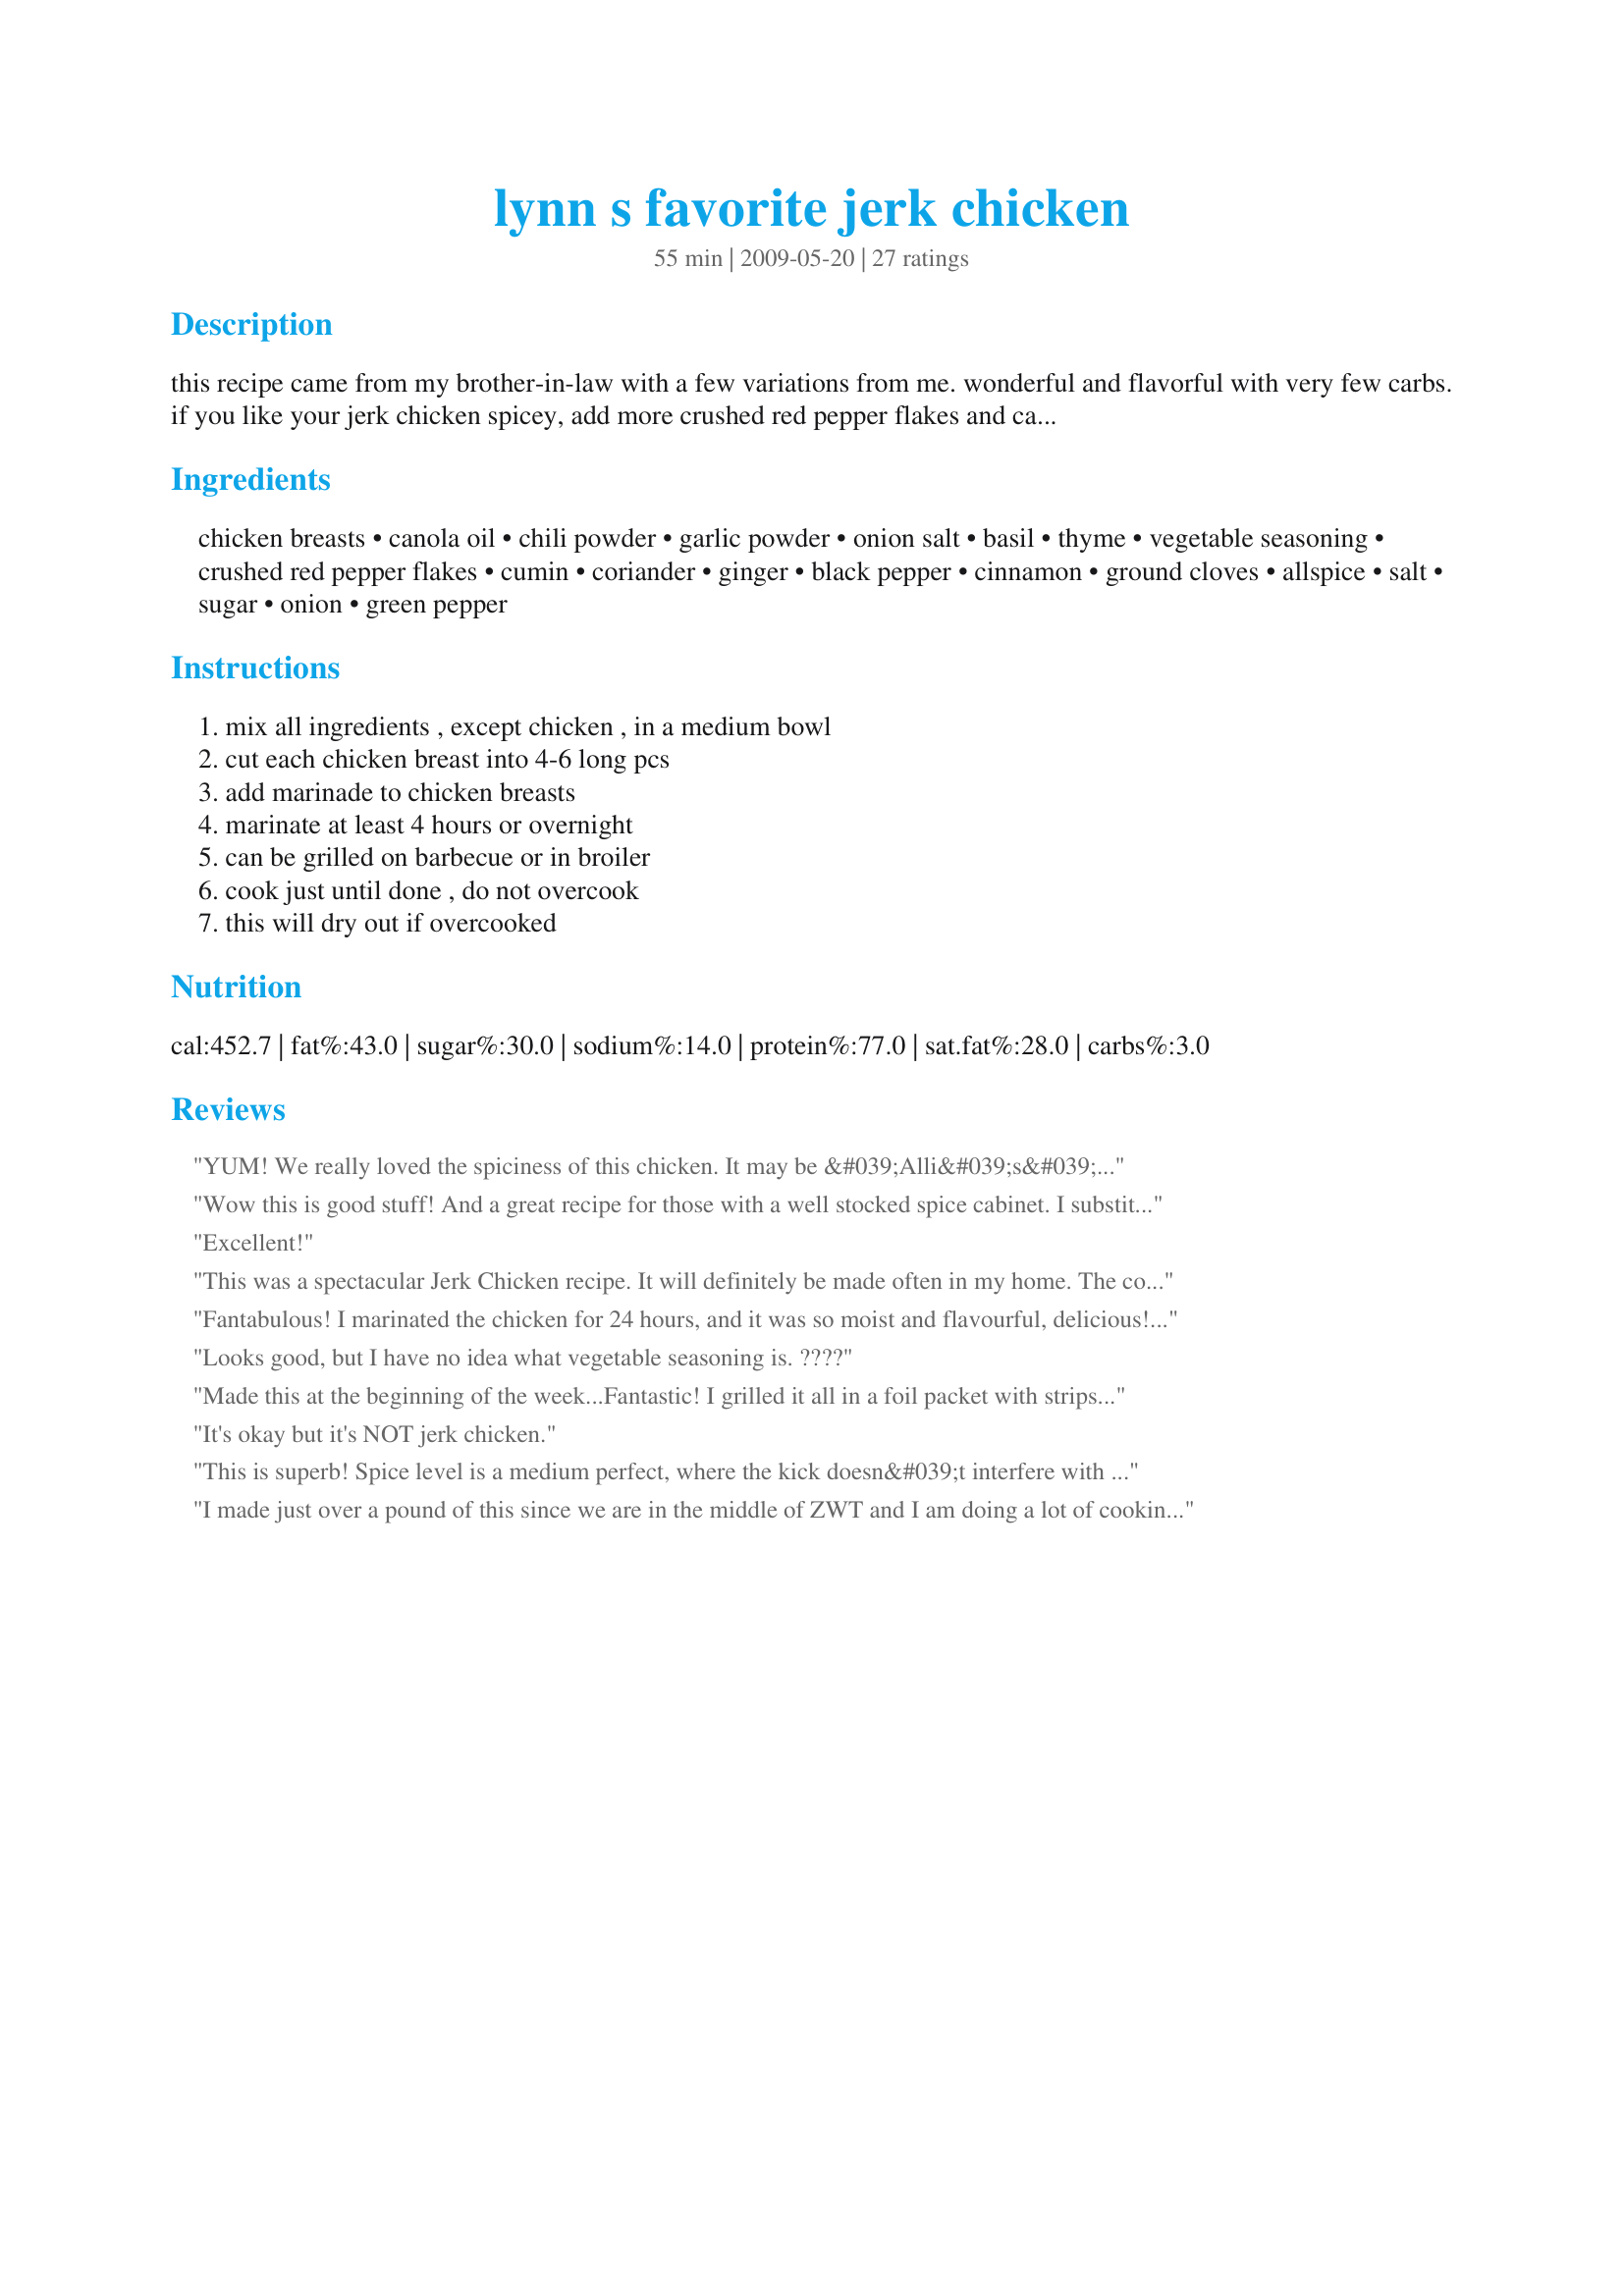
lynn s favorite jerk chicken
Preparation time: 55 minutes

this recipe came from my brother-in-law with a few variations from me.
wonderful and flavorful with very few carbs. if you like your jerk chicken spicey, add more crushed red pepper flakes and cayenne pepper. cooking time does not reflect marinating time.

Ingredients:
chicken breasts, canola oil, chili powder, garlic powder, onion salt, basil, thyme, vegetable seasoning, crushed red pepper flakes, cumin, coriander, ginger, black pepper, cinnamon, ground cloves, allspice, salt, sugar, onion, green pepper

Steps:
mix all ingredients , except chicken , in a medium bowl, cut each chicken breast into 4-6 long pcs, add marinade to chicken breasts, marinate at least 4 hours or overnight, can be grilled on barbecue or in broiler, cook just until done , do not overcook, this will dry out if overcooked

Reviews:
YUM! We really loved the spiciness of this chicken. It may be &#039;Alli&#039;s&#039; favorite jerk chicken now, too! Followed as written, it was juicy and full of flavorful heat. I know I&#039;ll be having this again, and SOON! Thanks for sharing, Lavender Lynn.
Wow this is good stuff! And a great recipe for those with a well stocked spice cabinet. I substituted chicken bullion for the vegetable seasoning, used dried onion flakes, left out the bell pepper, and included smoked paprika (about 1 tbsp). I let it marinade overnight then pan seared the chicken fillets in a little olive oil for dinner. Great flavors that blend extremely well, thanks for sharing the recipe. :)
Excellent!
This was a spectacular Jerk Chicken recipe. It will definitely be made often in my home. The combination of spices in the marinade is superb, and makes for very moist chicken breasts. We all enjoyed this dish very much. Thank you, Lavender Lynn. Made for 1-2-3- Hits tag game.
Fantabulous! I marinated the chicken for 24 hours, and it was so moist and flavourful, delicious! To make it more diabetes friendly, I used xylitol instead of the sugar, and I forgot to add the red pepper flakes, but it still was hot enough and extremely tasty. Thanks for sharing!&lt;br/&gt;Made for My Diabetic Recipes / Diabetes Forum
Looks good, but I have no idea what vegetable seasoning is. ????
Made this at the beginning of the week...Fantastic! I grilled it all in a foil packet with strips of red pepper and onion (just to use up). Tastes very muchlike the jerk chicken we had in Jamaica.
It's okay but it's NOT jerk chicken.
This is superb! Spice level is a medium perfect, where the kick doesn&#039;t interfere with the flavor.&lt;br/&gt;&lt;br/&gt;I shouldn&#039;t eat salt, so I substituted onion powder. I didn&#039;t have any vegetable seasoning (I will next time!), so I dropped it. I used a red bell pepper instead of a green one because that&#039;s what was in the fridge. Everything else was as directed, and I cooked it in the broiler. The audience was impressed, and so was I!&lt;br/&gt;&lt;br/&gt;Don&#039;t throw out the marinade! Saut&eacute; it until the peppers are soft (to make it safe to eat) while cooking the chicken and spread it on brown rice...it makes a perfect match.
I made just over a pound of this since we are in the middle of ZWT and I am doing a lot of cooking and there are just two of us, but it was great. I love the spices, a nice zip but not too much. Thanks for posting!
WOWWWWW!!!! Love this!
Forgot to review with my comment
This was wonderful! Like others, I didn't have vegetable seasoning so I added dried parsley and chives. I also upped the heat of the chicken using red pepper flakes, cayenne, and dried ground thai chilies and a couple of crushed chipolte seasoning cubes. I gave it a little Indian flare by adding just a teaspoon of garam masala. My husband commented on how great the sweet glaze (from the sugar) was and I enjoyed how well the chicken paired with a fruity white wine. Thanks Lynn! I will be using this often.
Great new way to marinate and grill chicken. My husband loved it and said he would serve it to company. At first we were scared by the ginger, cloves and allspice but it tasted great. I didn't have coriander so i didn't add it. Don't worry if you don't have a spice or two, i think it would be fine. Thanks for the recipe.
I wasn't sure if we'd like this - instead we loved it! The spices add lovely flavor with none being overpowering. i used two types of vegetable seasonings one for veggies, one with some dried veggies in it I reduced the red pepper flakes quite a bit and it was still spicy enough and used less sugar , I marinated for about 1 3/4 hours. Made for Culinary Quest 3 for one of the Iota Eta Pi
Simple and delicious. Don't be deceived by the long list of ingredients, this dish comes together quickly. For health reasons I substituted onion powder for onion salt and I left out the additional salt, and this was still fabulous. And to further speed the prep time I've premixed the spices into three separate jars. Next time I'll be able to dump one bottle of all the spices into the bowl and add the oil, onion, etc. Four hours of marinating was plenty and this was so easy to cook on the grill. This was a hit with adults and children alike. Thanks for a great recipe!
I am sorry but this tastes nothing like Jerk chicken. The flavor was ok. I followed the recipe exactly. All I could really taste was the cinnamon.
This recipe is fantastic! As some other reviewers, I omitted the vegetable seasoning (I didn&#039;t know what it was until I Googled it this morning) and used onion powder instead of onion salt. This dish has plenty of great flavor without the added salt. I cooked it about 4-5 minutes on each side on the grill. It was cooked perfectly and still moist/juicy. Thank you Lynn for this recipe!
Was sweeter than I expected and next time I&#039;ll add more heat, but it was Wonderful with lot&#039;s of layers of flavor. Browns up beautiful and the onion makes the meat very tender. Grocery store didn&#039;t have clove or allspice (I live in rural Japan, I know I could find it in the city with no trouble), so I subbed Chinese 5-spice powder for those and the cinnamon. very nice. Deffinately a keeper.
Fab-u-lous! It&#039;s such a breeze to prepare and easy to grill, but with such big flavor. As written, it isn&#039;t too spicy (just enough). I really loved the flavors. We sliced the grilled chicken and served it over lettuce. Made for ZWT9 and the Soup-A-Stars
Very, very good! I only marinated for 2 hours, but I did cut my chicken into strips as suggested. Cooked these on the grill for a fabulous smokey taste! These were nicely spicey, but not overly so. I used Prudhommes Vegetable Magic for the Vegetable Seasoning, and couldn't believe I'd run out of chili powder...so added a little more cumin. Wonderful recipe that will be repeated! DS said to add it to the "Keepers".
This chicken was awesome! I also had no idea what vegetable seasoning was, so I left it out. I let my chicken marinate overnight and it was very moist and flavourful right off the BBQ. I think it would make a terrific chicken sandwich for tomorrow&#039;s lunch! Made for ZWT 9
This gets 4 stars for being so easy to throw together, and the 5th star is because my 5 year old inhaled it and begged for more. This doesn&#039;t always happen when there are many spices involved! I used chicken thighs, and only marinated for about 3.5 hours. This might be why the flavors of my final product were milder than what I think of when I imagine jerk flavors, but since I was feeding it to kiddos it was a perfect fit. Thanks for posting! Made for ZWT 9, Gourmet Goddesses.
My husband fixed this for supper tonight - it was amazing! We really enjoyed the flavors. For ZWT9 Family Picks
We loved this flavorful chicken. I marinated the strips for 2 hours then cooked on the grill. Made for Please Review My Recipe
FANTASTIC!!! A big thumbs up from both of us, and DH says this is worth 10 stars and more! Made for just the two of us, so just eyeballed the amounts; did not have vegetable seasoning so I improvised with a dash of cayenne and a little parsley. Served atop a bed of lettuce and some rice along with a pineapple and mango salad, the Major's mango chutney and an ice-cold Guinness! Truly outstanding, can't wait to make again. Made for the Hot & Spicy event in the Photos Forum. Thank you, Lavender Lynn!
Excellent, simply Excellent. Lynn's Favorite Jerk Chicken, is now my favorite jerk chicken. This is so good, so much flavor and I love the way the heat hits you after you have taken a bite and swallowed. So wonderful, you can actually taste the different flavors in this dish. I made exactly as written, marinated over night and broiled in the oven. Thank you so much Lynn for sharing this wonderful recipe, which has gone into my keeper box. This treat will be going into my Favorites for 2011. So happy I choose this recipe to make for Pac 2011.
